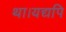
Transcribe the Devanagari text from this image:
था।यद्यपि